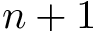
n + 1